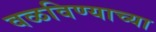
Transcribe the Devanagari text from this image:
वळविण्याच्या